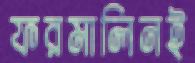
ফরমালিনই